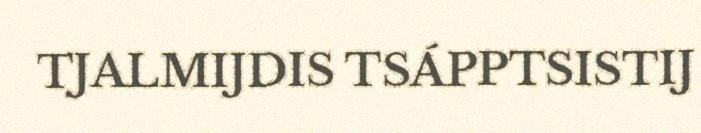
TJALMIJDIS TSÁPPTSISTIJ